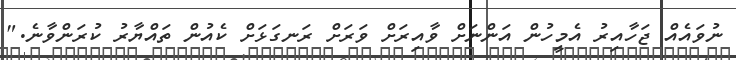
ނުވައެއް ޖަހާއިރު އެމީހުން އަންނަށް ވާއިރަށް ވަރަށް ރަނގަޅަށް ކެއުން ތައްޔާރު ކުރަންވާނެ."